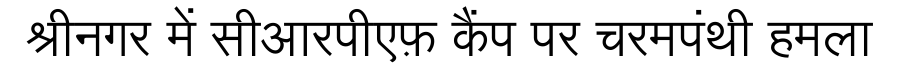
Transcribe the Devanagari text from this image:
श्रीनगर में सीआरपीएफ़ कैंप पर चरमपंथी हमला